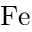
\mathrm { F e }